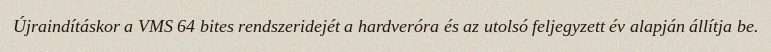
Újraindításkor a VMS 64 bites rendszeridejét a hardveróra és az utolsó feljegyzett év alapján állítja be.